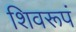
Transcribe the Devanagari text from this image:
शिवरूपं